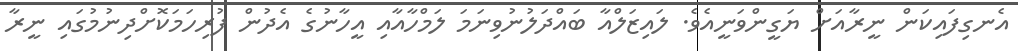
އެނގިފައިކަން ނީރާއަށް ޔަގީންވަނީއެވެ. ލައިޒަލްއާ ބައްދަލުނުވިނަމަ ލަމްހާއާއި އީހާނުގެ އެދުން ފުރިހަމަކޮށްދިނުމުގައި ނީރާ